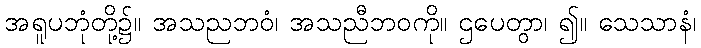
အရူပဘုံတို့၌။ အသညဘဝံ၊ အသညီဘဝကို။ ဌပေတွာ၊ ၍။ သေသာနံ၊